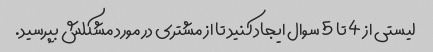
لیستی از 4 تا 5 سوال ایجاد کنید تا از مشتری در مورد مشکلش بپرسید.